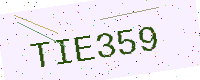
Text: TIE359